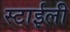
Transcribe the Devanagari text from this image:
स्टाईली